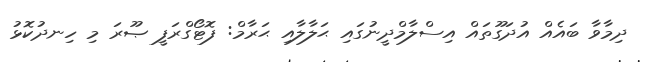
ދިމާވާ ބައެއް އުދަގޫތައް އިސްލާމްދީނުގައި ޙަލާލާއި ޙަރާމް: ފޮޓޯގްރަފީ ޞޫރަ މި ހިނދުކޮޅު